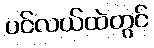
ပင်လယ်ထဲတွင်